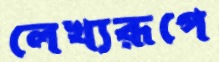
লেখ্যরূপে